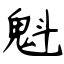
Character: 魁